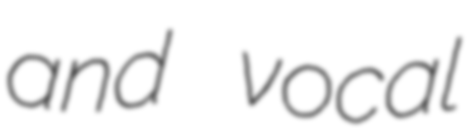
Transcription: and vocal